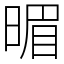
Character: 𣈲